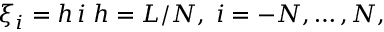
\xi _ { i } = h \, i \; h = L / N , \; i = - N , \ldots , N ,